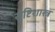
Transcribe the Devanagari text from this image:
सृष्टिशास्त्र